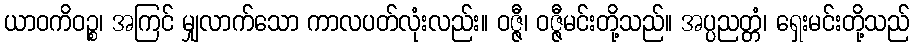
ယာဝကိဝဉ္စ၊ အကြင် မျှလာက်သော ကာလပတ်လုံးလည်း။ ဝဇ္ဇီ၊ ဝဇ္ဇီမင်းတို့သည်။ အပ္ပညတ္တံ၊ ရှေးမင်းတို့သည်